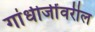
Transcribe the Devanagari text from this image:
गांधीजींवरील